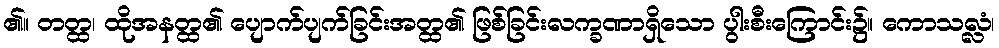
၏။ တတ္ထ၊ ထိုအနတ္ထ၏ ပျောက်ပျက်ခြင်းအတ္ထ၏ ဖြစ်ခြင်းလက္ခဏာရှိသော ပွါးစီးကြောင်း၌။ ကောသလ္လံ၊